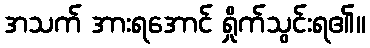
အသက် အားရအောင် ရှိုက်သွင်းရ၏။